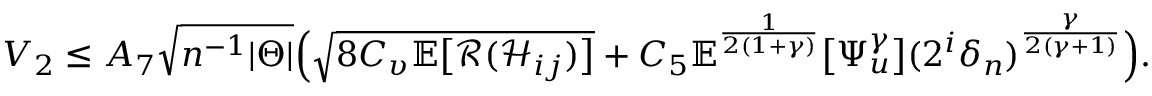
\begin{array} { r } { V _ { 2 } \leq A _ { 7 } \sqrt { n ^ { - 1 } | \Theta | } \Big ( \sqrt { 8 C _ { \upsilon } \mathbb { E } \big [ \mathcal { R } ( \mathcal { H } _ { i j } ) \big ] } + C _ { 5 } \mathbb { E } ^ { \frac { 1 } { 2 ( 1 + \gamma ) } } \big [ \Psi _ { u } ^ { \gamma } \big ] ( 2 ^ { i } \delta _ { n } ) ^ { \frac { \gamma } { 2 ( \gamma + 1 ) } } \Big ) . } \end{array}